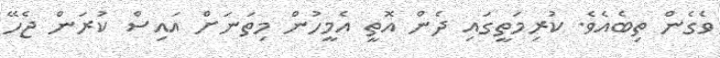
ވެގެން ތިބެއެވެ. ކުރިމަތީގައި ދެން އޮތީ އެމީހުން މިތަނަށް އައިސް ކުރަން ޖެހޭ